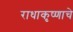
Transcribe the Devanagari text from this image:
राधाकृष्णाचे